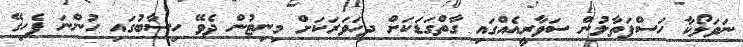
ނަވަލޯކާ ހަސްފަތާލުން ސަވާރީއެއްގައި ގާތްގަޑަކަށް ދިހަވަރަކަށް މިނިޓުން ދެވޭ ހިސާބުގައި ހުންނަ ފެހިގޭ